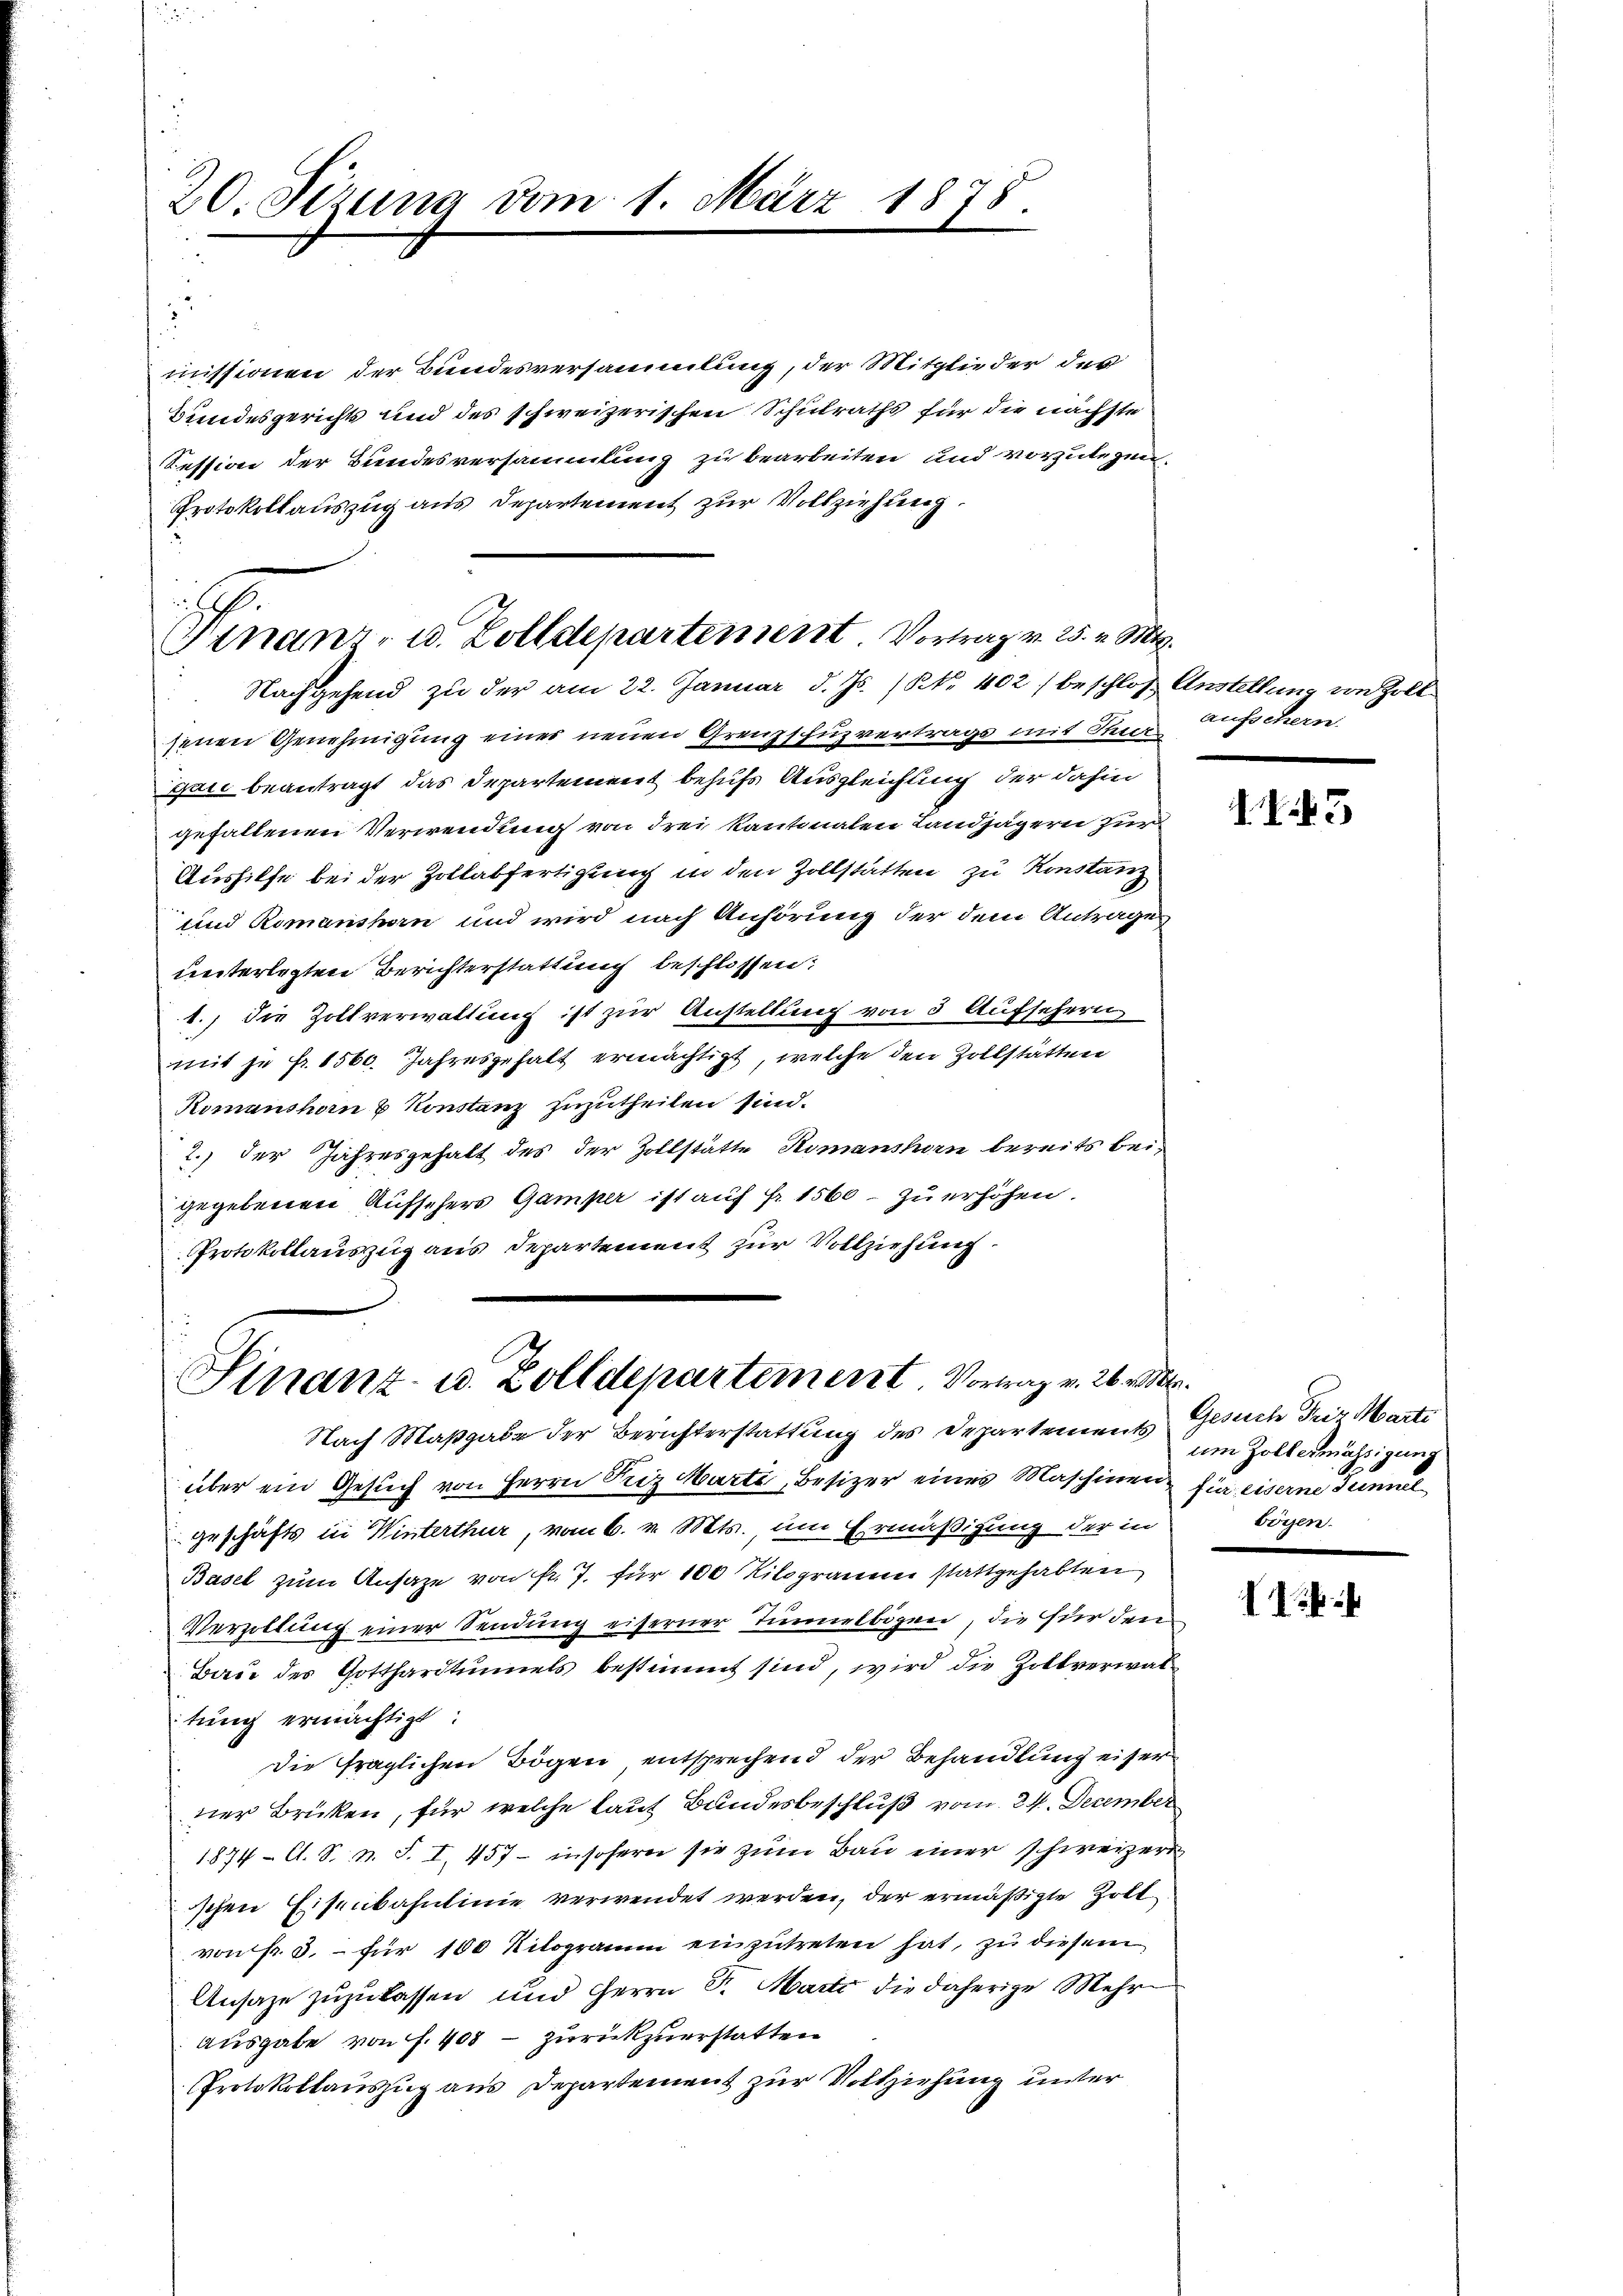
20. Serung vom 1. März 1878
m
l

.
Finanz- u. Zolldepartement. Vortrag v. 25. v. Mts.
Nachgehend zu der am 22. Januar d. Js. (N. N. 402) beschloß Anstellung von Zoll

missionen der Bundesversammlung, der Mitglieder des
Bundesgerichts und des schweizerischen Schulraths für die nächste
Fession der Bundesversammlung zu bearbeiten und vorzulegen
Protokollauszug aus Departement zur Vollziehung.
senen Genehmigung einer neuen Grenzschuzvertrags mit Thur¬
Gaić beantragt, das Departement behufs Ausgleichung der dahin
gefallenen Verwendung von drei kantonalen Landjägern für
Aushilfe bei der Zollabfertigung in den Zollstatten zu Konstanz
und Romanshorn und wird nach Anhörung der dem Antrage
unterlegten Berichterstattung beschlossen:
1.) die Zollverwaltung ist zur Anstellung von 3 Aufschern
mit je fr. 1560. Jahresgehalt ermächtigt, welche den Zollstätten
Romanshorn & Konstanz zuzutheilen sind.
2.) der Jahresgehalt des der Zollstätte Romanshorn bereits beigegebenen Aufsehers Gamper ist auf fr. 1560 - zu erhöhen.
Protokollauszug aus Departement zur Vollziehung.

Sinanz- u. Zolldepartement. Vortrag v. 26. v. M.

aufschern.

Nach Maßgabe der Berichterstattung des Departement im Zoll ermässigung
über ein Gesuch von Herrn Friz Marti, Besizer eines Maschinen für eiserne Tunnel
Geschäfts in Winterthur, vom 6. v. Mts., um Ermäßigung der in
Basel zum Ansage von fr. 7. für 100 Kilogramm stattgehabten
Verzollung einer Sendung eiferner Tunnelbigere, die für den
Baue des Gotthardtunnels bestimmt sind, wird die Zollverwaltung ermächtigt:
die fraglichen Bögen entsprechend der Behandlung eiser
ner Brüken, für welche laut Bundesbeschluß vom 24. Dezember
1874 Al. S. n. F. I. 457 - insofern sie zum Bau einer schweizern
schen Eisenbahnlinie verwendet werden, der ermäßigte Zollvon fr. 3. – für 100 Kilogramm einzutreten hat, zu diesem
Ansage zuzulassen und Herrn P. Marti die daherige Mehr¬
Ausgabe von f. 408 - zurückzuerstatten
Protokollauszug aus Departement zur Vollziehung unter

3

Gesich Fris Marti
Logen.